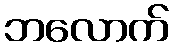
ဘလောက်